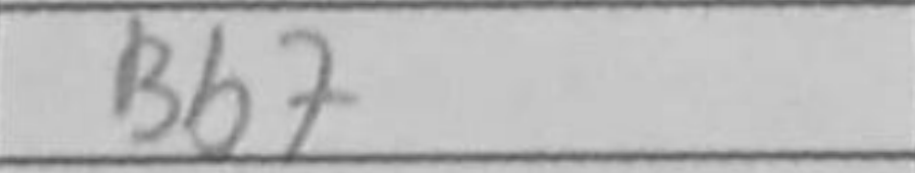
Transcription: Bb7